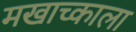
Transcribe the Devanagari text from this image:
मखाच्काला